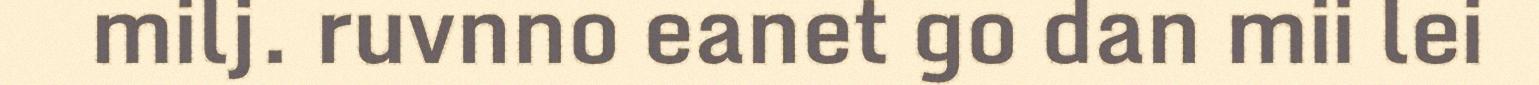
milj. ruvnno eanet go dan mii lei